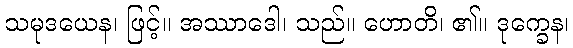
သမုဒယေန၊ ဖြင့်။ အဿာဒေါ၊ သည်။ ဟောတိ၊ ၏။ ဒုက္ခေန၊